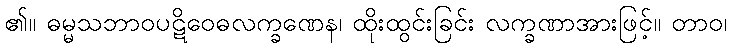
၏။ ဓမ္မသဘာဝပဋိဝေဓလက္ခဏေန၊ ထိုးထွင်းခြင်း လက္ခဏာအားဖြင့်။ တာဝ၊